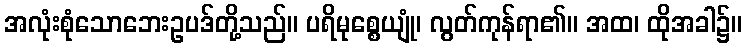
အလုံးစုံသောဘေးဥပဒ်တို့သည်။ ပရိမုစ္စေယျုံ၊ လွတ်ကုန်ရာ၏။ အထ၊ ထိုအခါ၌။